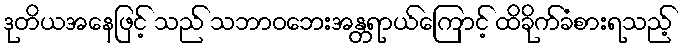
ဒုတိယအနေဖြင့် သည် သဘာဝဘေးအန္တရာယ်ကြောင့် ထိခိုက်ခံစားရသည့်